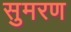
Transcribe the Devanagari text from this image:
सुमरण